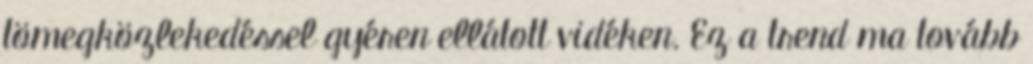
tömegközlekedéssel gyéren ellátott vidéken. Ez a trend ma tovább